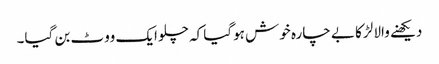
دیکھنے والا لڑکا بے چارہ خوش ہوگیا کہ چلو ایک ووٹ بن گیا۔